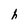
Character: h